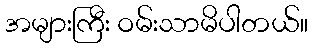
အများကြီး ဝမ်းသာမိပါတယ်။